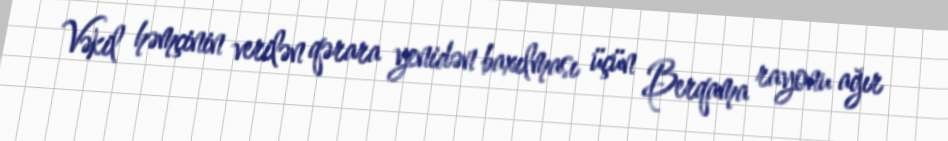
Vəkil həmçinin verilən qərara yenidən baxılması üçün Berqama rayonu ağır